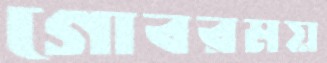
গোবরময়